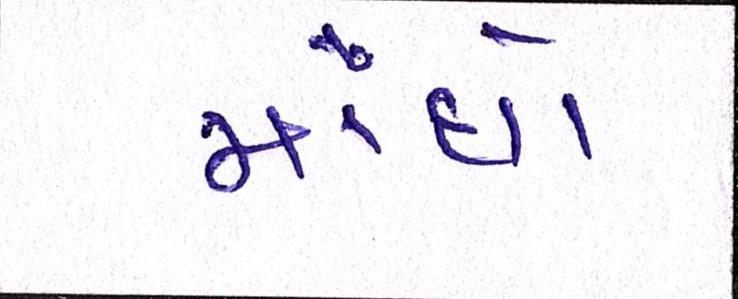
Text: મોંઘો